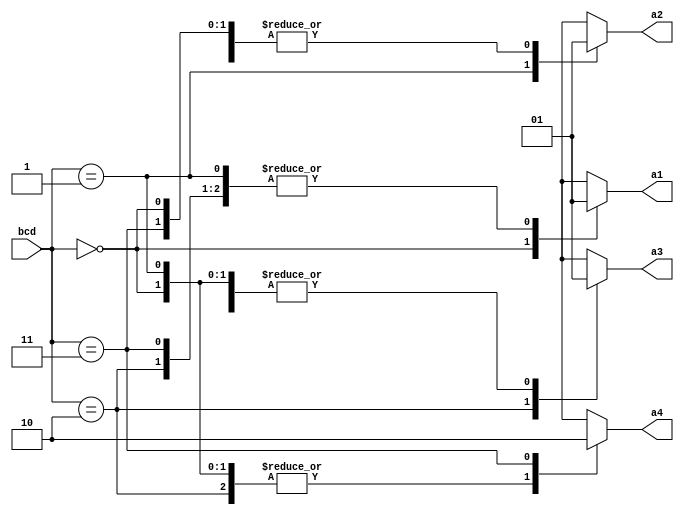
`timescale 1ns / 1ps

module decoder_2_4 (
		       input wire [1:0] bcd,
		       output reg 	a1, a2, a3, a4);

	always@*
	begin
		case (bcd)
			2'b00:
				begin
					a1 = 0;
					a2 = 1;
					a3 = 1;
					a4 = 1;
				end
			2'b01:
				begin
					a2 = 0;
					a3 = 1;
					a4 = 1;
					a1 = 1;
				end
			2'b10:
				begin
					a3 = 0;
					a4 = 1;
					a1 = 1;
					a2 = 1;
				end
			2'b11:
				begin
					a4 = 0;
					a1 = 1;
					a2 = 1;
					a3 = 1;
				end
		endcase
	end
endmodule